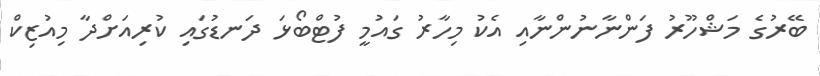
ބޭރުގެ މަޝްހޫރު ފަންނާނުންނާއި އެކު މިހާރު ގައުމީ ފުޓްބޯޅަ ދަނޑުގައި ކުރިއަށްދާ މިއުޒިކް